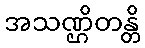
အသဏ္ဌိတန္တိ